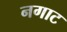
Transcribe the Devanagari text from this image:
नगाट